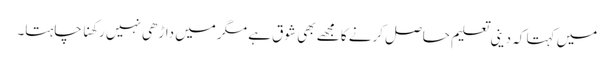
میں کہتا کہ دینی تعلیم حاصل کرنے کا مجھے بھی شوق ہے مگر میں داڑھی نہیں رکھنا چاہتا۔